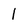
Character: 1